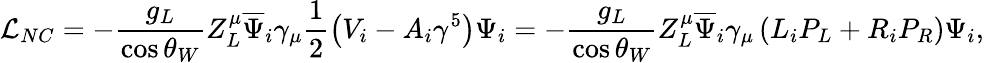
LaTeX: {\cal{L}}_{NC}=-\frac{g_{L}}{\cos\theta_{W}}Z_{L}^{\mu}\overline{{\Psi}}_{i}\gamma_{\mu}\frac 12\left(V_{i}-A_{i}\gamma^{5}\right)\Psi_{i}=-\frac{g_{L}}{\cos\theta_{W}}Z_{L}^{\mu}\overline{{\Psi}}_{i}\gamma_{\mu}\left(L_{i}P_{L}+R_{i}P_{R}\right)\Psi_{i},